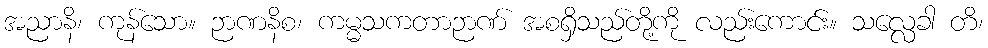
အညာနိ၊ ကုန်သော။ ဉာဏနိစ၊ ကမ္မသကတာဉာဏ် အစရှိသည်တို့ကို လည်းကောင်း။ သလ္လေခါ တိ၊